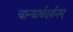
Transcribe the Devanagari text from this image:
चान्यार्थदर्शनम्